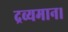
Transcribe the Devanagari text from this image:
द्रव्यमान।